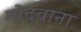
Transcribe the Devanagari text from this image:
गोदवाना